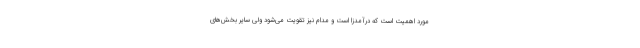
مورد اهمیت است که درآمدزا است و مدام نیز تقویت می‌شود ولی سایر بخش‌های